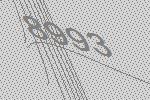
8993